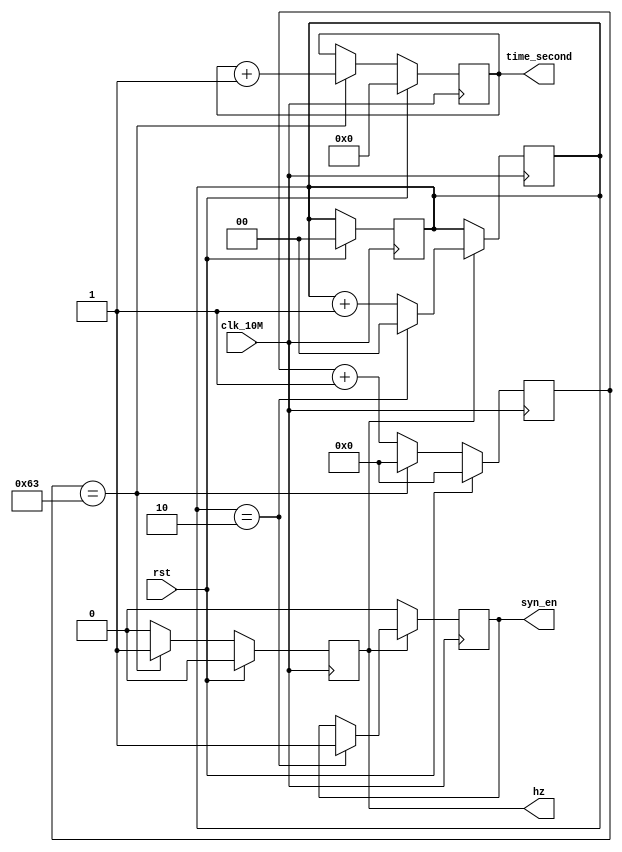
module insideclk(clk_10M,rst,time_second,syn_en,hz);
//#(
//parameter         HZ_CNT=10                 ,   
//)
parameter HZ_CNT=99;
parameter SYN_CNT=2;

input clk_10M;
input rst;
output reg [7:0] time_second;
output reg syn_en;
output hz;
reg hz;
reg [1:0] syn_cnt_num;
reg [23:0] cnt;
initial
begin
cnt=0; 
time_second=0;
syn_en=0;
hz=0;
syn_cnt_num=0;
end

always@(posedge clk_10M)
begin
  if(rst)
   begin
     time_second<=8'd0;
     cnt<=24'd0;
     //syn_en<=1'b0;
     hz<=1'b0;
    syn_cnt_num<=0;
   end
  else
   begin
    if(cnt==HZ_CNT)
     begin
       //syn_en<=1'b1;
      hz<=1'b1;
      time_second<=time_second+1;
      cnt<=8'd0;
     end
    else
    begin
    //syn_en<=1'b0;
    hz<=1'b0;
    cnt<=cnt+1;
    end
    end
end

always@(negedge clk_10M)
 begin
   if(hz)
     begin
      syn_cnt_num<=syn_cnt_num+1;
        if(syn_cnt_num==SYN_CNT)
          begin
            syn_en<=1'b1;
            syn_cnt_num<=1'b0;
          end
     end
  else
    begin
    syn_en<=1'b0;
  end
end

      
 
endmodule